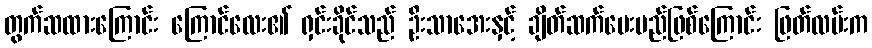
တွက်ဆထားကြောင်း ကြောင်လေး၏ ရှင်းခိုင်သည် ဦးသာအေးနှင့် ချိတ်ဆက်ပေးမည်ဖြစ်ကြောင်း ဖြတ်လမ်းက